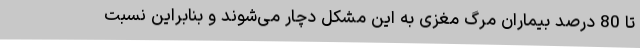
تا 80 درصد بیماران مرگ مغزی به این مشکل دچار می‌شوند و بنابراین نسبت